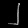
Digit: ၂